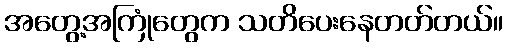
အတွေ့အကြုံတွေက သတိပေးနေတတ်တယ်။